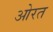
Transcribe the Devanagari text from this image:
ओरत